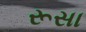
રૂસા